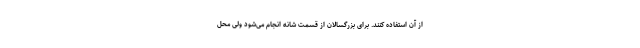
از آن استفاده کنند. برای بزرگسالان از قسمت شانه انجام می‌شود ولی محل